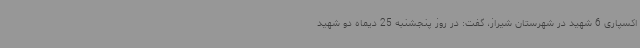
اکسپاری 6 شهید در شهرستان شیراز، گفت: در روز پنجشنبه 25 دیماه دو شهید